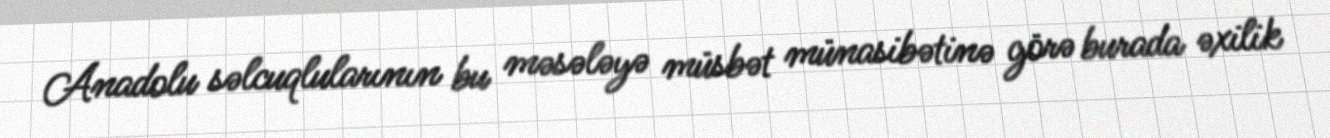
Anadolu səlcuqlularının bu məsələyə müsbət münasibətinə görə burada əxilik